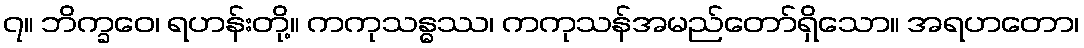
၇။ ဘိက္ခဝေ၊ ရဟန်းတို့။ ကကုသန္ဓဿ၊ ကကုသန်အမည်တော်ရှိသော။ အရဟတော၊